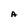
Character: A